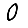
Digit: 0